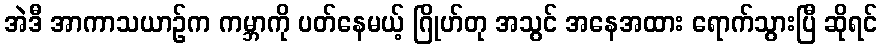
အဲဒီ အာကာသယာဉ်က ကမ္ဘာကို ပတ်နေမယ့် ဂြိုဟ်တု အသွင် အနေအထား ရောက်သွားပြီ ဆိုရင်